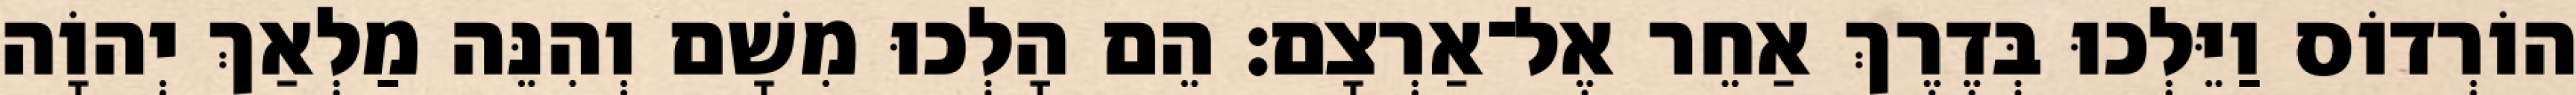
הוֹרְדוֹס וַיֵּלְכוּ בְּדֶרֶךְ אַחֵר אֶל־אַרְצָם׃ הֵם הָלְכוּ מִשָׁם וְהִנֵּה מַלְאַךְ יְהוָֹה